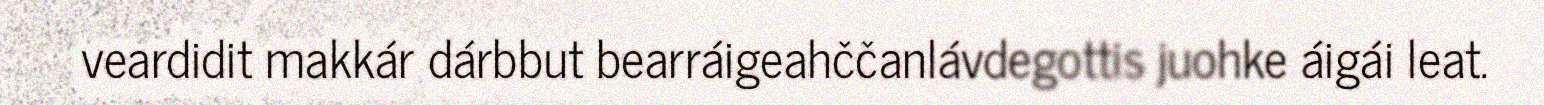
veardidit makkár dárbbut bearráigeahččanlávdegottis juohke áigái leat.